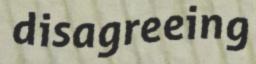
disagreeing